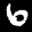
Digit: 6